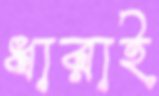
ধারাই